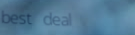
best deal